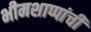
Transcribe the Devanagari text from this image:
भीमशाप्पांची